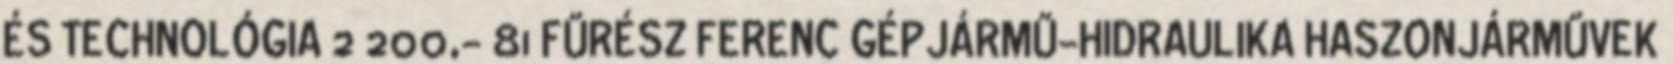
ÉS TECHNOLÓGIA 2 200,- 81 FŰRÉSZ FERENC GÉPJÁRMŰ-HIDRAULIKA HASZONJÁRMŰVEK